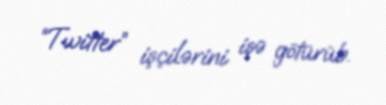
“Twitter” işçilərini işə götürüb.